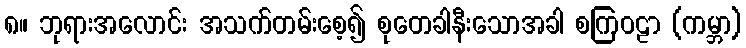
၈။ ဘုရားအလောင်း အသက်တမ်းစေ့၍ စုတေခါနီးသောအခါ စကြဝဠာ (ကမ္ဘာ)